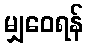
မျှဝေရန်